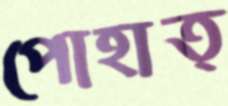
পোহাত্